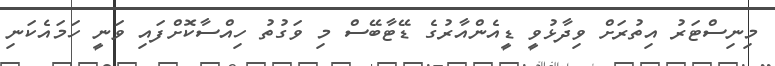
މިނިސްޓަރު އިތުރަށް ވިދާޅުވީ ޑީއެންއާރުގެ ޑޭޓާބޭސް މި ވަގުތު ހިއްސާކޮށްފައި ވަނީ ހަމައެކަނި